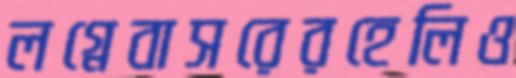
লগ্নেবাসরেরহেলিও